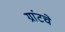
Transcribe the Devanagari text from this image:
ग्रांटचे